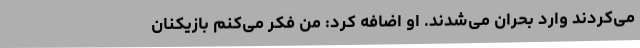
می‌کردند وارد بحران می‌شدند. او اضافه کرد: من فکر می‌کنم بازیکنان